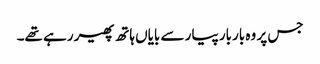
جس پر وہ باربار پیار سے بایاں ہاتھ پھیر رہے تھے۔